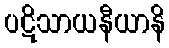
ပဋိသာယနီယာနိ